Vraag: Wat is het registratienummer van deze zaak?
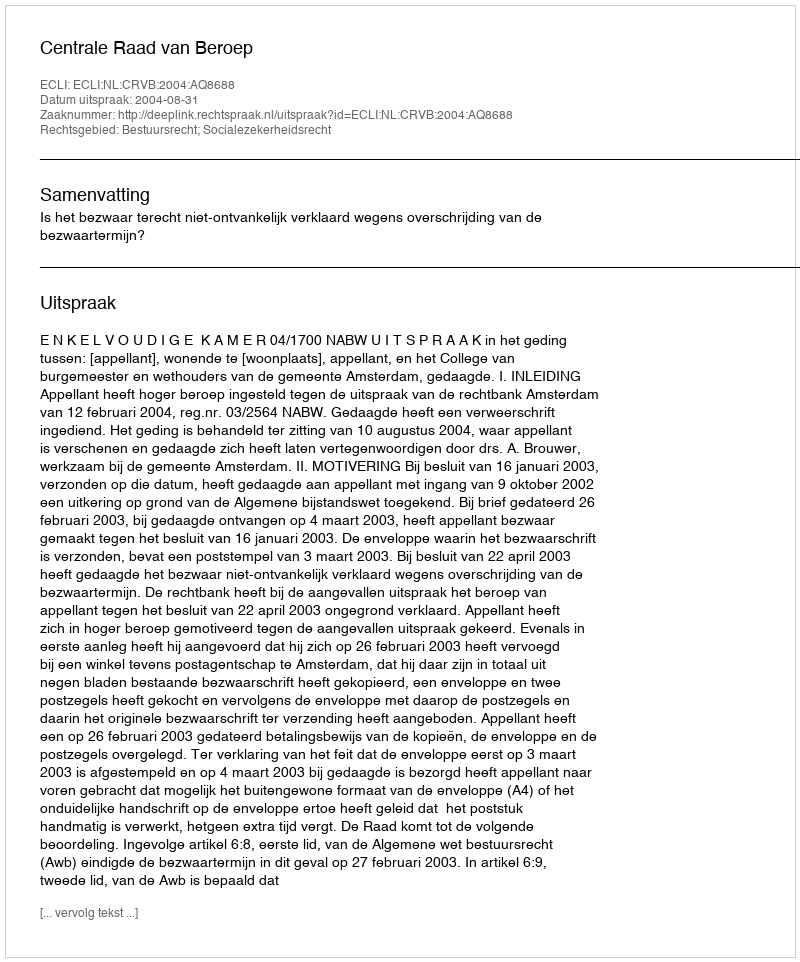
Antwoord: http://deeplink.rechtspraak.nl/uitspraak?id=ECLI:NL:CRVB:2004:AQ8688